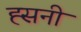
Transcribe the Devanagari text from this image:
ह्सनी